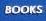
books